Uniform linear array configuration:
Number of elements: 16
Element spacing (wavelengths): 1
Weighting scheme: kaiser
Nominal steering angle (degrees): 15
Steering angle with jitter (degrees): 13.085
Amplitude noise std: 0.05
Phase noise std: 0.05

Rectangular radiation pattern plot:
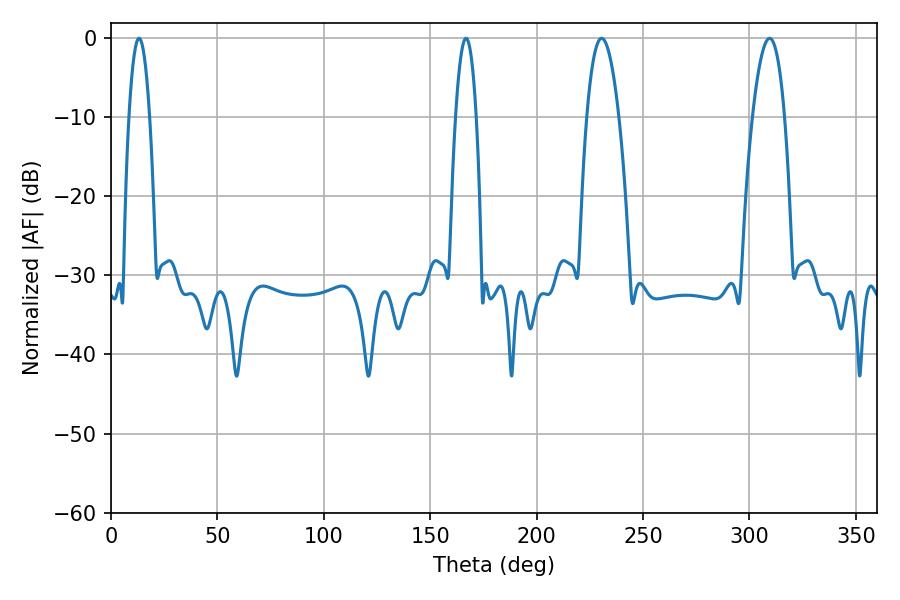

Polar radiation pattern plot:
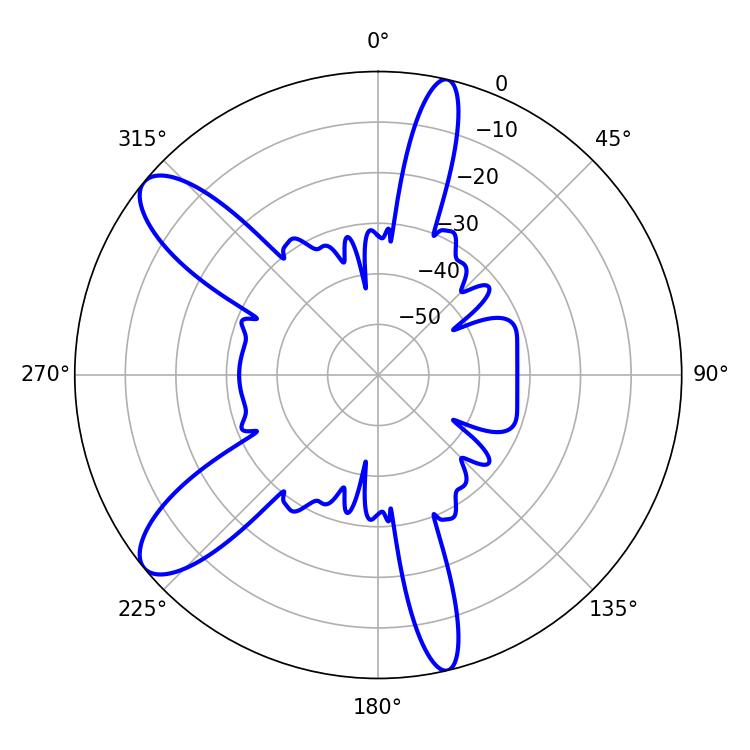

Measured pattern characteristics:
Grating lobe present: TRUE
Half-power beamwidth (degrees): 8.28
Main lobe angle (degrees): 230.58